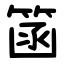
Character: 䈄